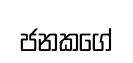
ජනකගේ